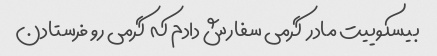
بیسکوییت مادر  گرمی سفارش دادم که  گرمی رو فرستادن